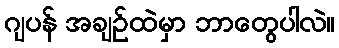
ဂျပန် အချဉ်ထဲမှာ ဘာတွေပါလဲ။